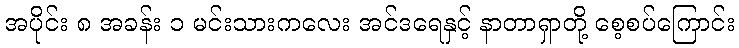
အပိုင်း ၈ အခန်း ၁ မင်းသားကလေး အင်ဒရေနှင့် နာတာရှာတို့ စေ့စပ်ကြောင်း